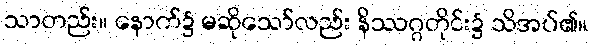
သာတည်း။ နောက်၌ မဆိုသော်လည်း နိဿဂ္ဂတိုင်း၌ သိအပ်၏။